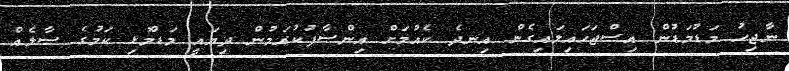
ނާޖިހު މަޑުމަޑުން އިސްޖަހައިލައިގެން އިނދެ ކެއުމަށް އިންސާފުކުރަމުން ދިޔައީ މަޑުމޮޅި ކަމުގެ ސާލެއް